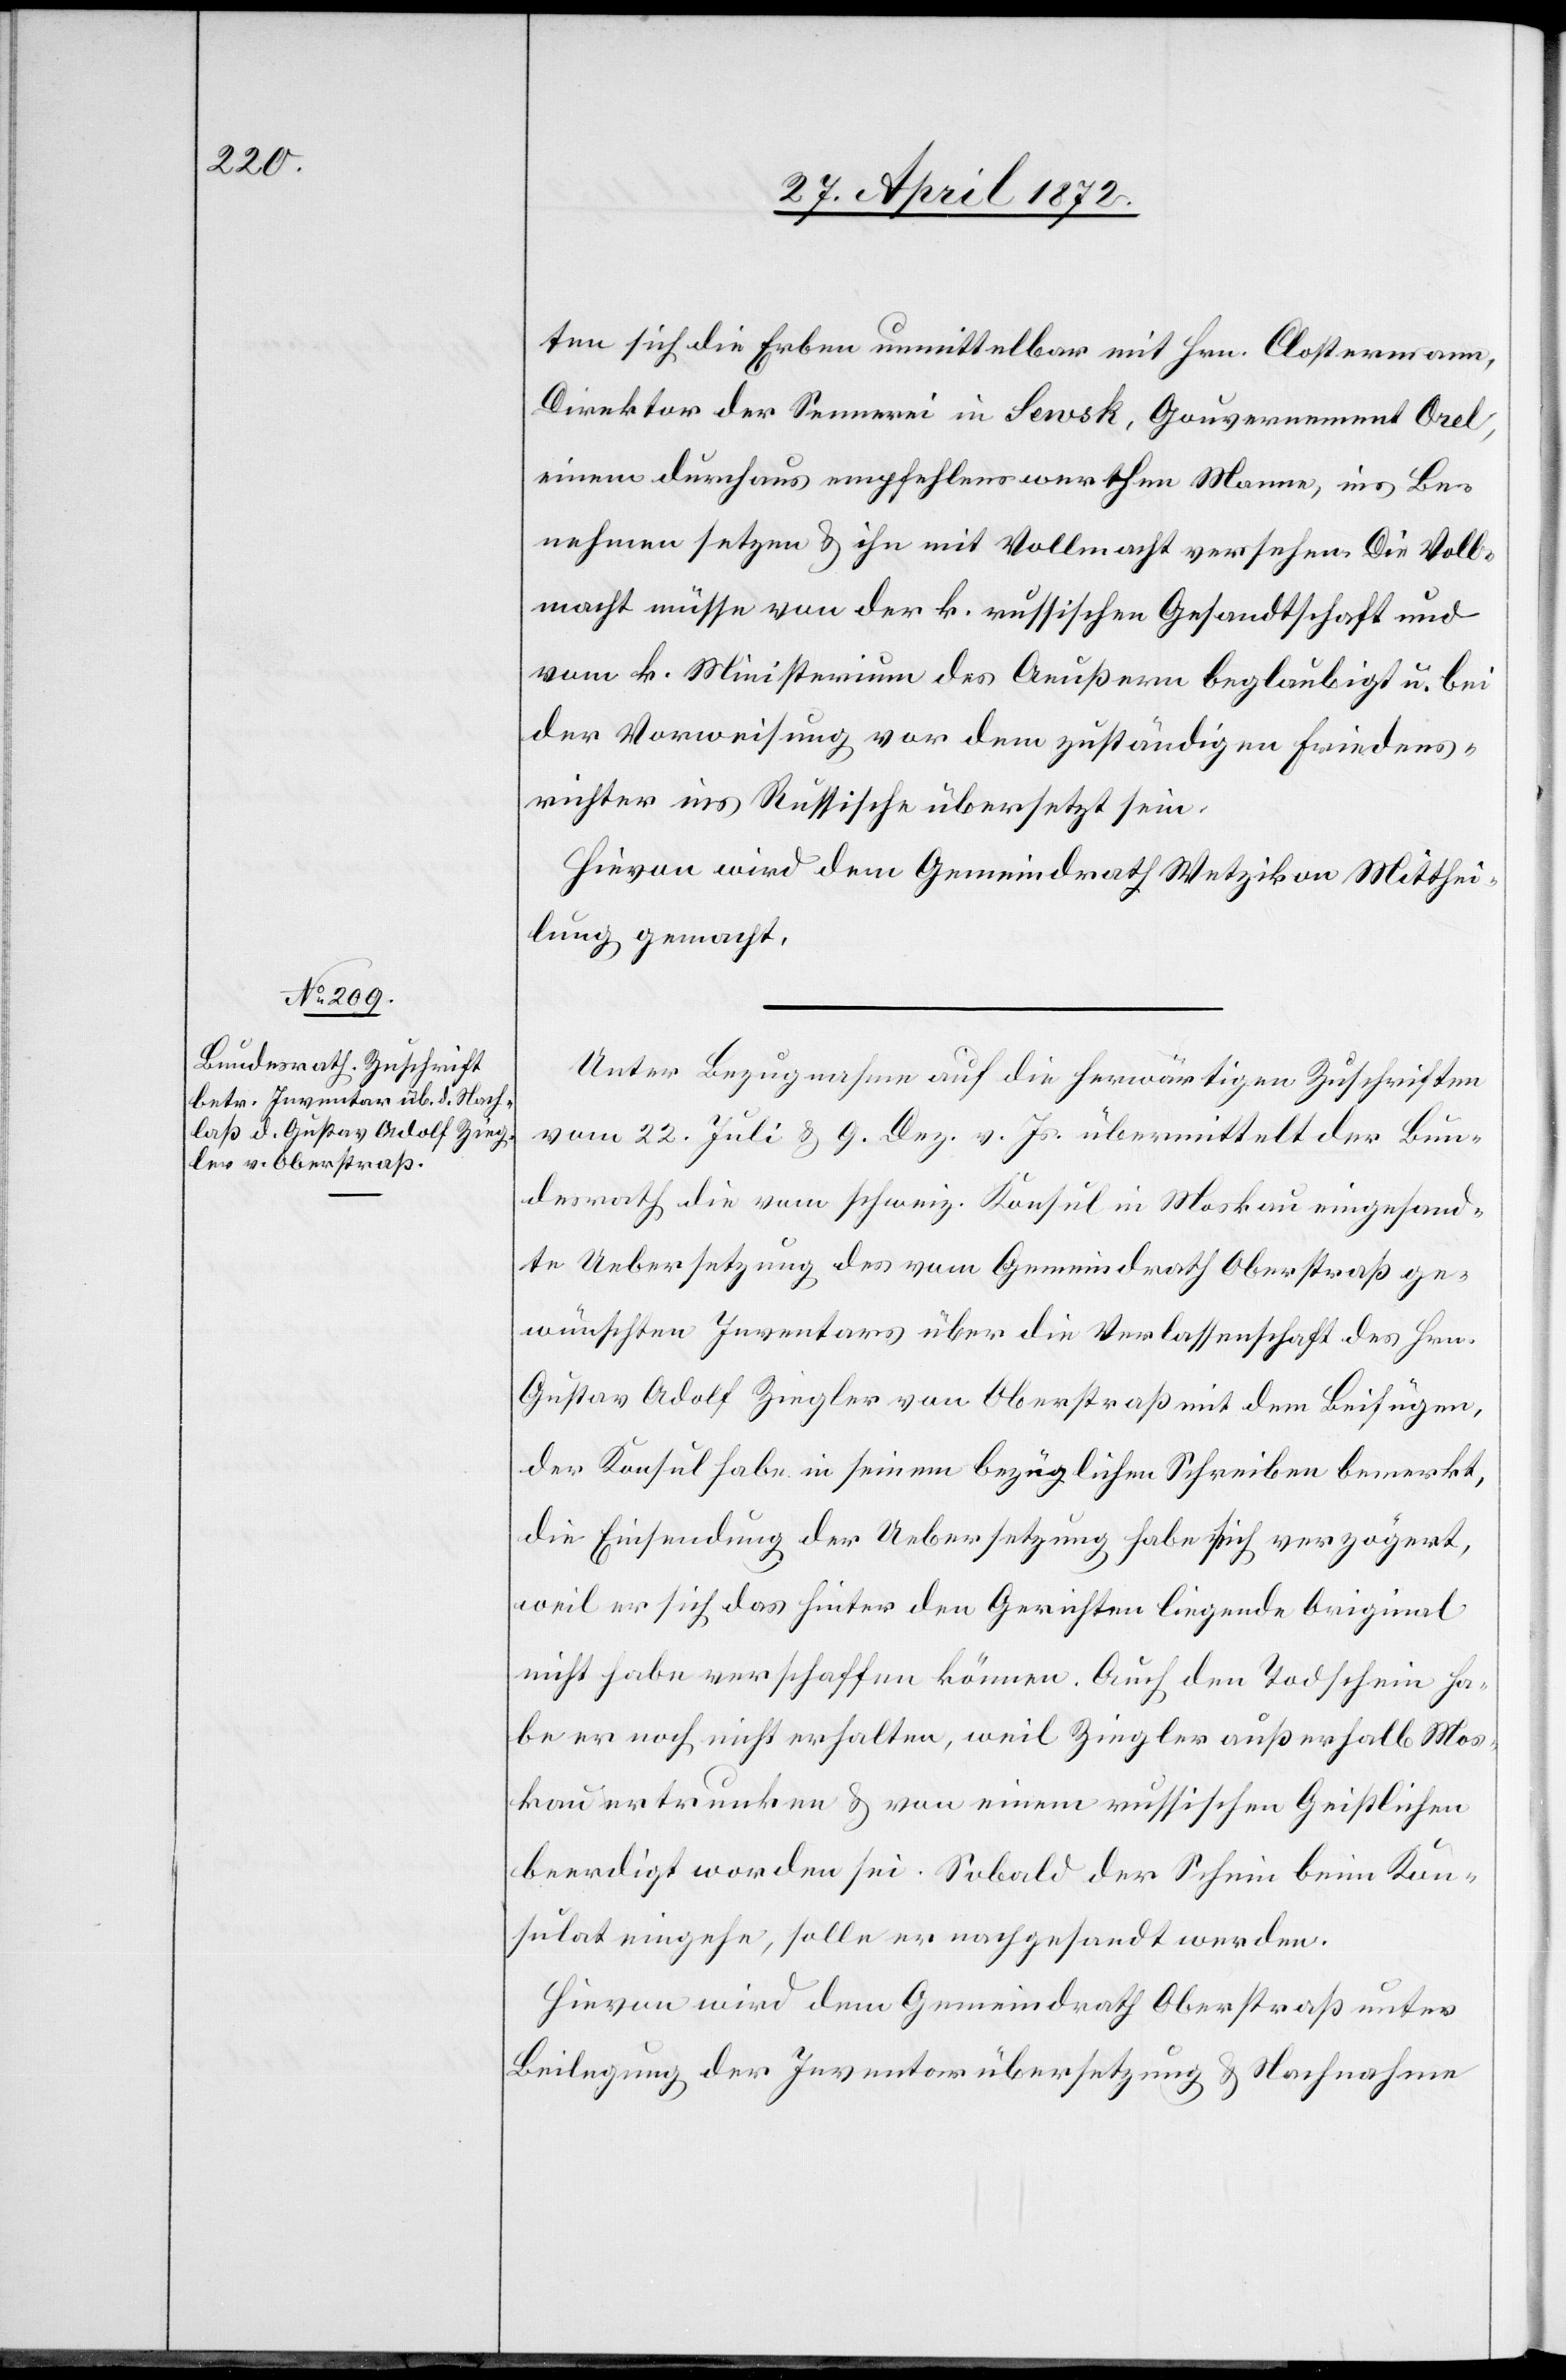
27. April 1872.]
ten sich die Erben unmittelbar mit Hrn. Clostermann,
Direktor der Sennerei in Sewsk, Gouvernement Orel,
einem durchaus empfehlenswerthen Manne, ins Be¬
nehmen setzen u. ihn mit Vollmacht versehen. Die Voll¬
macht müsse von der k. russischen Gesandtschaft und
vom k. Ministerium des Aeußern beglaubigt u. bei
der Vorweisung vor dem zuständigen Friedens¬
richter ins Russische übersetzt sein.
Hievon wird dem Gemeindrath Wetzikon Mitthei¬
lung gemacht.
Unter Bezugnahme auf die herwärtigen Zuschriften
vom 22. Juli u. 9. Dez. v. Js. übermittelt der Bun¬
desrath die vom schweiz. Konsul in Moskau eingesand¬
te Uebersetzung des vom Gemeindrath Oberstraß ge¬
wünschten Inventars über die Verlassenschaft des Hrn.
Gustav Adolf Ziegler von Oberstraß mit dem Beifügen,
der Konsul habe in seinem bezüglichen Schreiben bemerkt,
die Einsendung der Uebersetzung habe sich verzögert,
weil er sich das hinter den Gerichten liegende Original
nicht habe verschaffen können. Auch den Todschein ha¬
be er noch nicht erhalten, weil Ziegler außerhalb Mos¬
kau ertrunken u. von einem russischen Geistlichen
beerdigt worden sei. Sobald der Schein beim Kon¬
sulat eingehe, solle er nachgesandt werden.
Hievon wird dem Gemeindrath Oberstraß unter
Beilegung der Inventarübersetzung u. Nachnahme